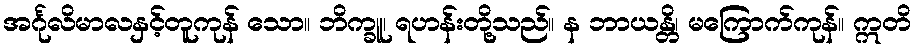
အင်္ဂုလိမာလနှင့်တူကုန် သော။ ဘိက္ခူ၊ ရဟန်းတို့သည်။ န ဘာယန္တိ၊ မကြောက်ကုန်။ ဣတိ